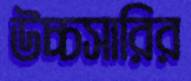
উচ্চসারির